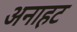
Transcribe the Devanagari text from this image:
अनाहट